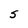
Character: S